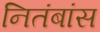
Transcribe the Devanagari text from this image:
नितंबांस